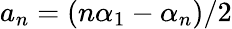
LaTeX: a_{n}=(n\alpha_{1}-\alpha_{n})/2